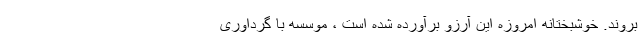
بروند. خوشبختانه امروزه این آرزو برآورده شده است ، موسسه با گرداوری